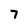
Character: 7